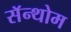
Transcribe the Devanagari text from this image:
सॅन्थोम